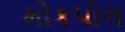
મોકપોલ